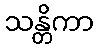
သန္တိကာ